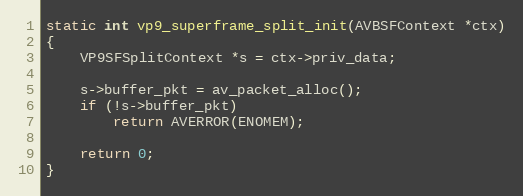
Language: C
static int vp9_superframe_split_init(AVBSFContext *ctx)
{
    VP9SFSplitContext *s = ctx->priv_data;

    s->buffer_pkt = av_packet_alloc();
    if (!s->buffer_pkt)
        return AVERROR(ENOMEM);

    return 0;
}